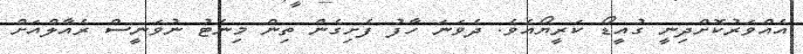
އެއްވަރުކޮށްދިނީ ގުއީޑޯ ކަރީޔޯއެވެ. ދެވަނަ ހާފު ފެށިގެން ތިން މިނެޓު ނުވަނީސް ރެއާލްއަށް